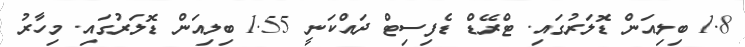
1.8 ބިލިއަން ޑޮލަރުގައި. ޓްރޭޑް ޑެފިސިޓް ދައްކަނީ 1.55 ބިލިއަން ޑޮލަރުގައި. މިހާރު